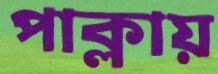
পাক্‌লায়